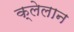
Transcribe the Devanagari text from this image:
क्लेलान